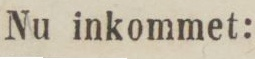
Nu inkommet: